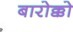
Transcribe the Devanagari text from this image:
बारोक्को